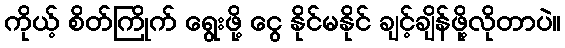
ကိုယ့် စိတ်ကြိုက် ရွေးဖို့ ငွေ နိုင်မနိုင် ချင့်ချိန်ဖို့လိုတာပဲ။